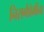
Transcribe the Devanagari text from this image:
निसर्गप्रेमींना